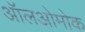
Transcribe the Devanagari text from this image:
ऑलओमोक